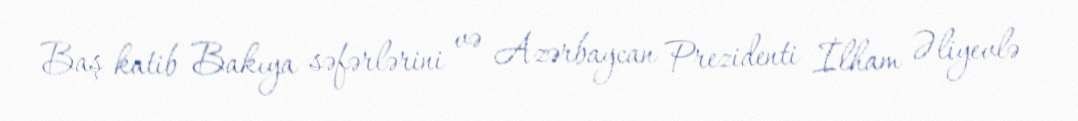
Baş katib Bakıya səfərlərini və Azərbaycan Prezidenti İlham Əliyevlə